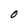
Character: O